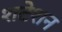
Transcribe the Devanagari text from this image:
शटेशन